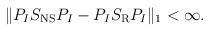
LaTeX: \begin{align*}\|P_IS_{\rm NS}P_I-P_IS_{\rm R}P_I\|_1 < \infty.\end{align*}